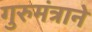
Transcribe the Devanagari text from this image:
गुरुमंत्राने